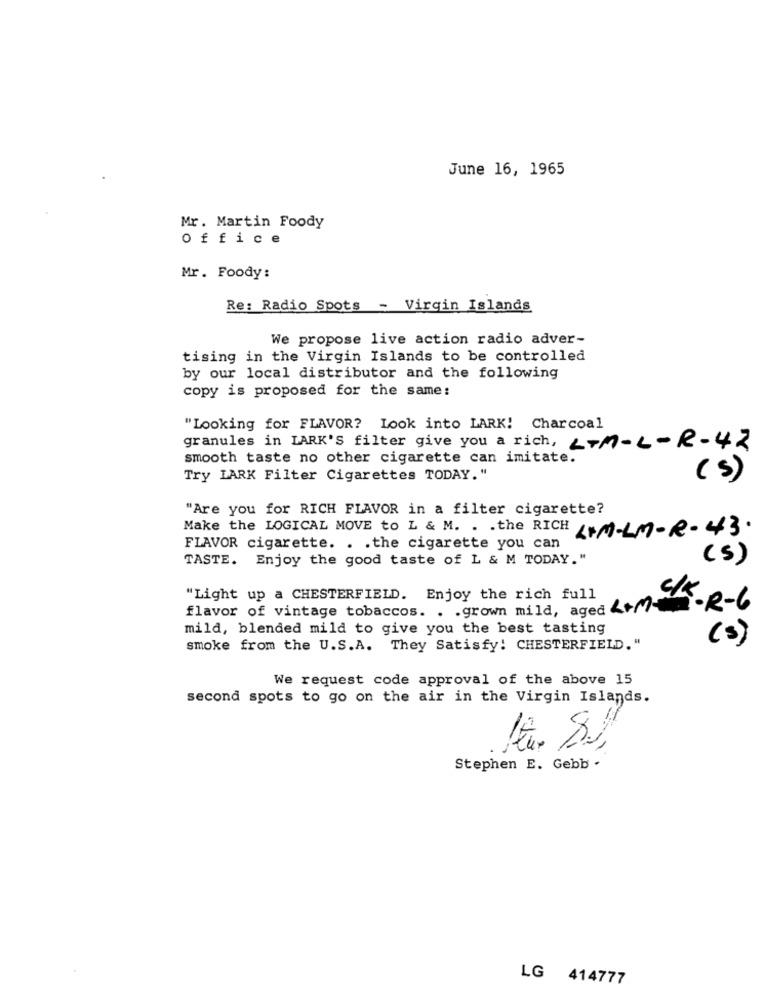
June 16, 1965
Mr. Martin Foody
office
Mr. Foody:
Re: Radio Spots - Virgin Islands
We propose live action radio adver-
tising in the Virgin Islands to be controlled
by our local distributor and the following
copy is proposed for the same:
"Looking for FLAVOR? Look into LARK! Charcoal
granules in LARK'S filter give you a rich, LTM-L-R-42
smooth taste no other cigarette can imitate.
Try LARK Filter Cigarettes TODAY."
(s)
"Are you for RICH FLAVOR in a filter cigarette?
Make the LOGICAL MOVE to L & M. . . the RICH
LIM-LM- R- 43 .
FLAVOR cigarette. . . the cigarette you can
TASTE. Enjoy the good taste of L & M TODAY."
( 5)
"Light up a CHESTERFIELD. Enjoy the rich full
c/K
flavor of vintage tobaccos. . . grown mild, aged +/-
·R-6
mild, blended mild to give you the best tasting
(s)
smoke from the U.S.A. They Satisfy: CHESTERFIELD."
We request code approval of the above 15
second spots to go on the air in the Virgin Islands.
Stephen E. Gebb .
LG 414777